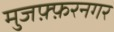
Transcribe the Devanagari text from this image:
मुजफ़्फ़रनगर